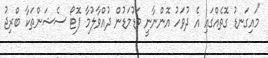
"މައިގަނޑު ގޮތެއްގައި އެ ދުވަހު އޮންނާނީ މަޑުމަޑުން ދުއްވާލުމާ ފޮޓޯ ސެޝަންތަކާ ބްރިޖު